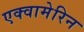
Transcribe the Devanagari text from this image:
एक्वामेरिन